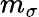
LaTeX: m_{\sigma}